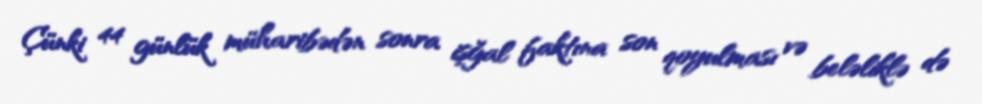
Çünki 44 günlük müharibədən sonra işğal faktına son qoyulması və beləliklə də